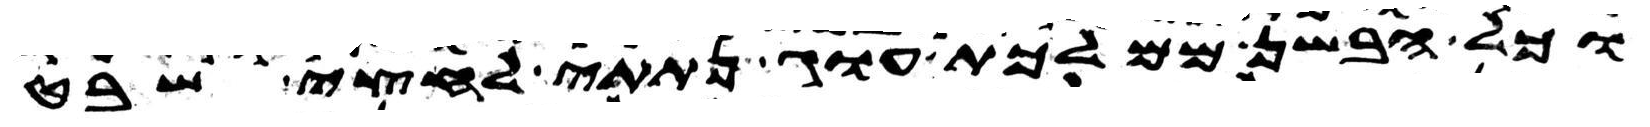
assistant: וכל הבשן ממלכת עוג נתתי לחצי שבט